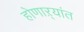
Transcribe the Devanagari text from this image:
होणाऱ्यांत